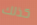
كذلك